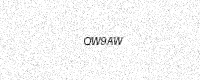
Text: QW9AW